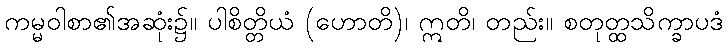
ကမ္မဝါစာ၏အဆုံး၌။ ပါစိတ္တိယံ (ဟောတိ)၊ ဣတိ၊ တည်း။ စတုတ္ထသိက္ခာပဒံ